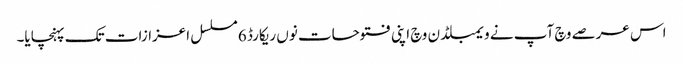
اس عرصے وچ آپ نے ویمبلڈن وچ اپنی فتوحات نو‏‏ں ریکارڈ 6 مسلسل اعزازات تک پہنچایا۔